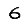
Digit: 6